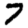
Digit: 7